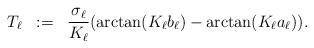
LaTeX: \begin{align*}\begin{array}{rllllllll}T_\ell & := & \displaystyle\frac{\sigma_\ell}{K_\ell}(\arctan(K_\ell b_\ell)-\arctan(K_\ell a_\ell)).\end{array}\end{align*}